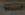
0